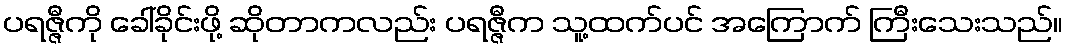
ပရဇ္ဇီကို ခေါ်ခိုင်းဖို့ ဆိုတာကလည်း ပရဇ္ဇီက သူ့ထက်ပင် အကြောက် ကြီးသေးသည်။